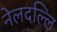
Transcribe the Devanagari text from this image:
नेलदल्लि